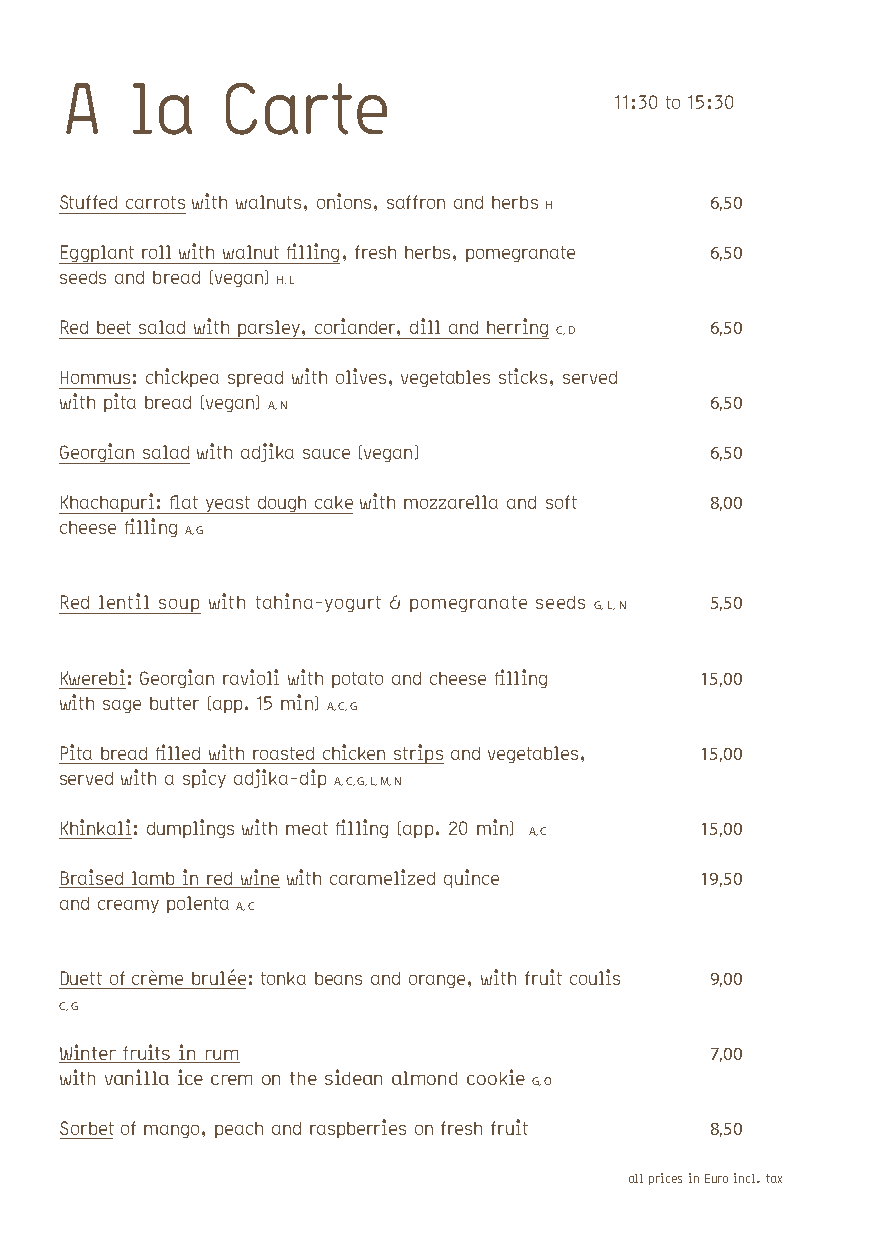
A   la     Carte
 11:30 to 15:30
 Stuffed carrots with walnuts, onions, saffron and herbs H 6,50
 Eggplant roll with walnut filling, fresh herbs, pomegranate 6,50
 seeds and bread (vegan)
 H. L
 Red beet salad with parsley, coriander, dill and herring C, D 6,50
 Hommus: chickpea spread with olives, vegetables sticks, served
 with pita bread (vegan) A, N               6,50
 Georgian salad with adjika sauce (vegan)   6,50
 Khachapuri: flat yeast dough cake with mozzarella and soft 8,00
 cheese filling
 A, G
 Red lentil soup with tahina-yogurt & pomegranate seeds G, L, N 5,50
 Kwerebi: Georgian ravioli with potato and cheese filling 15,00
 with sage butter (app. 15 min)
 A, C, G
 Pita bread filled with roasted chicken strips and vegetables, 15,00
 served with a spicy adjika-dip
 A, C, G, L, M, N
 Khinkali: dumplings with meat filling (app. 20 min) A, C 15,00
 Braised lamb in red wine with caramelized quince 19,50
 and creamy polenta
 A, C
 Duett of crème brulée: tonka beans and orange, with fruit coulis 9,00
 C, G
 Winter fruits in rum                       7,00
 with vanilla ice crem on the sidean almond cookie
 G, O
 Sorbet of mango, peach and raspberries on fresh fruit 8,50
 all prices in Euro incl. tax